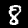
Digit: 8